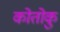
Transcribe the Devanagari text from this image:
कोतोकु